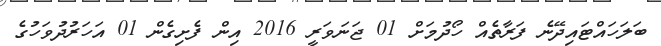
ބަލަހައްޓައިދޭނެ ފަރާތެއް ހޯދުމަށް 01 ޖަނަވަރީ 2016 އިން ފެށިގެން 01 އަހަރުދުވަހުގެ